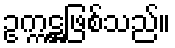
ဥက္ကဋ္ဌဖြစ်သည်။